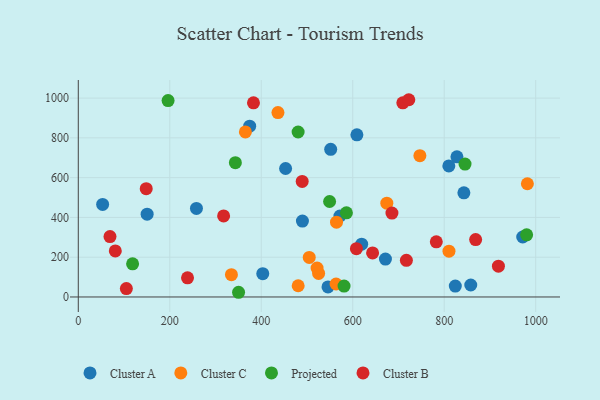
{"axis": {"x": "Speed", "y": "Exam Score"}, "legend": ["Cluster A", "Cluster B", "Cluster C", "Projected"], "data": [{"x": "619.5", "y": 265.7, "type": "Cluster A"}, {"x": "403.3", "y": 117.2, "type": "Cluster A"}, {"x": "572.0", "y": 407.2, "type": "Cluster A"}, {"x": "150.5", "y": 416.4, "type": "Cluster A"}, {"x": "827.8", "y": 704.8, "type": "Cluster A"}, {"x": "258.3", "y": 445.2, "type": "Cluster A"}, {"x": "971.6", "y": 301.6, "type": "Cluster A"}, {"x": "824.2", "y": 54.9, "type": "Cluster A"}, {"x": "671.5", "y": 190.3, "type": "Cluster A"}, {"x": "490.0", "y": 381.8, "type": "Cluster A"}, {"x": "374.7", "y": 858.9, "type": "Cluster A"}, {"x": "453.2", "y": 646.0, "type": "Cluster A"}, {"x": "545.9", "y": 50.6, "type": "Cluster A"}, {"x": "843.0", "y": 523.8, "type": "Cluster A"}, {"x": "53.2", "y": 465.2, "type": "Cluster A"}, {"x": "551.8", "y": 742.4, "type": "Cluster A"}, {"x": "609.1", "y": 815.2, "type": "Cluster A"}, {"x": "858.0", "y": 60.3, "type": "Cluster A"}, {"x": "810.1", "y": 659.0, "type": "Cluster A"}, {"x": "525.4", "y": 118.6, "type": "Cluster C"}, {"x": "981.8", "y": 569.3, "type": "Cluster C"}, {"x": "746.8", "y": 710.4, "type": "Cluster C"}, {"x": "674.5", "y": 471.8, "type": "Cluster C"}, {"x": "564.5", "y": 375.9, "type": "Cluster C"}, {"x": "436.5", "y": 927.1, "type": "Cluster C"}, {"x": "563.6", "y": 65.3, "type": "Cluster C"}, {"x": "504.9", "y": 198.7, "type": "Cluster C"}, {"x": "810.4", "y": 230.1, "type": "Cluster C"}, {"x": "334.8", "y": 112.2, "type": "Cluster C"}, {"x": "365.3", "y": 829.8, "type": "Cluster C"}, {"x": "480.7", "y": 56.5, "type": "Cluster C"}, {"x": "522.0", "y": 145.1, "type": "Cluster C"}, {"x": "350.4", "y": 23.6, "type": "Projected"}, {"x": "980.2", "y": 312.7, "type": "Projected"}, {"x": "343.4", "y": 675.2, "type": "Projected"}, {"x": "118.7", "y": 166.8, "type": "Projected"}, {"x": "581.0", "y": 55.0, "type": "Projected"}, {"x": "845.5", "y": 668.2, "type": "Projected"}, {"x": "549.4", "y": 480.0, "type": "Projected"}, {"x": "480.6", "y": 829.5, "type": "Projected"}, {"x": "196.3", "y": 987.3, "type": "Projected"}, {"x": "586.2", "y": 423.1, "type": "Projected"}, {"x": "148.5", "y": 544.3, "type": "Cluster B"}, {"x": "717.3", "y": 184.3, "type": "Cluster B"}, {"x": "709.5", "y": 976.2, "type": "Cluster B"}, {"x": "722.6", "y": 991.8, "type": "Cluster B"}, {"x": "317.7", "y": 407.7, "type": "Cluster B"}, {"x": "608.0", "y": 242.8, "type": "Cluster B"}, {"x": "918.5", "y": 154.9, "type": "Cluster B"}, {"x": "643.4", "y": 221.4, "type": "Cluster B"}, {"x": "489.5", "y": 580.9, "type": "Cluster B"}, {"x": "80.9", "y": 231.6, "type": "Cluster B"}, {"x": "105.1", "y": 42.0, "type": "Cluster B"}, {"x": "685.7", "y": 421.7, "type": "Cluster B"}, {"x": "69.3", "y": 303.6, "type": "Cluster B"}, {"x": "238.8", "y": 96.1, "type": "Cluster B"}, {"x": "383.0", "y": 976.1, "type": "Cluster B"}, {"x": "782.7", "y": 277.2, "type": "Cluster B"}, {"x": "868.7", "y": 288.7, "type": "Cluster B"}]}